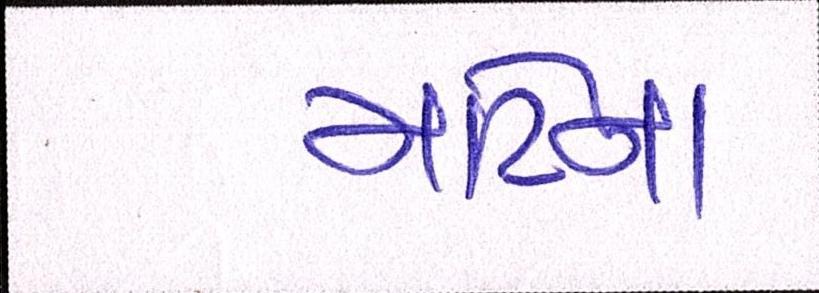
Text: માટેના